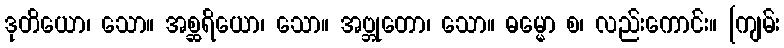
ဒုတိယော၊ သော။ အစ္ဆရိယော၊ သော။ အဗ္ဘုတော၊ သော။ ဓမ္မော စ၊ လည်းကောင်း။ [ကျမ်း